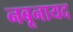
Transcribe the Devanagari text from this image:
नबूनायद